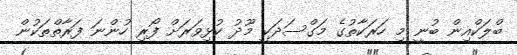
ބްލަކްއިން ބުނީ މި ހަރަކާތުގެ މަގްސަދަކީ މޫދު ކުޅިވަރަށް ފޯރިި ހުންނަ ފަރާތްތަކުން